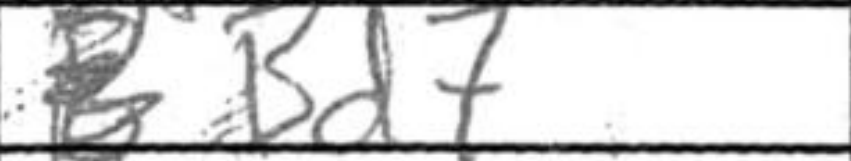
Transcription: Bd7